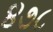
૪૭૮